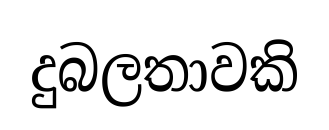
දුබලතාවකි